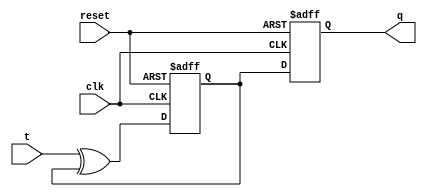
module t_flip_flop(
    input wire clk,
    input wire reset,
    input wire t,
    output reg q
);

reg master_q, slave_q;

always @(posedge clk or posedge reset)
begin
    if (reset)
    begin
        master_q <= 1'b0;
    end
    else
    begin
        master_q <= t ^ master_q;
    end
end

always @(negedge clk or posedge reset)
begin
    if (reset)
    begin
        slave_q <= 1'b0;
    end
    else
    begin
        slave_q <= master_q;
    end
end

assign q = slave_q;

endmodule